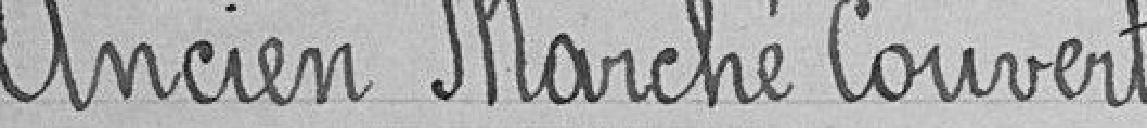
Ancien marché couvert